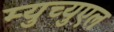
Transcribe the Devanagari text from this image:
म्युच्युएल